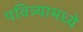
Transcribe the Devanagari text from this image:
पवित्र्यामध्ये